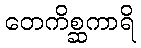
တေကိစ္ဆကာရိ